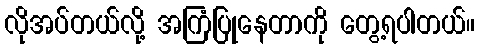
လိုအပ်တယ်လို့ အကြံပြုနေတာကို တွေ့ရပါတယ်။